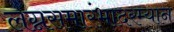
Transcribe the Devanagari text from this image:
लग्नसमारंभादरम्यान